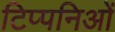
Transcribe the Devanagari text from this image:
टिप्पनिओं